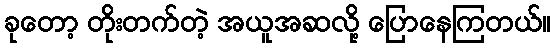
ခုတော့ တိုးတက်တဲ့ အယူအဆလို့ ပြောနေကြတယ်။